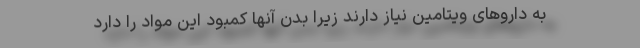
به داروهای ویتامین نیاز دارند زیرا بدن آنها کمبود این مواد را دارد